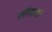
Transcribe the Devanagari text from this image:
नॉगाना